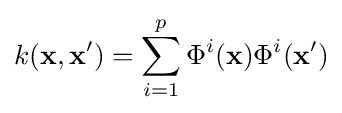
k(\mathbf {x} ,\mathbf {x} ')=\sum _{i=1}^{p}\Phi ^{i}(\mathbf {x} )\Phi ^{i}(\mathbf {x} ')